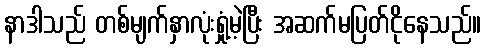
နာဒါသည် တစ်မျက်နှာလုံးရှုံ့မဲ့ပြီး အဆက်မပြတ်ငိုနေသည်။